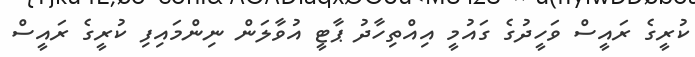
ކުރީގެ ރައީސް ވަހީދުގެ ގައުމީ އިއްތިހާދު ޕާޓީ އުވާލަން ނިންމައިފި ކުރީގެ ރައީސް